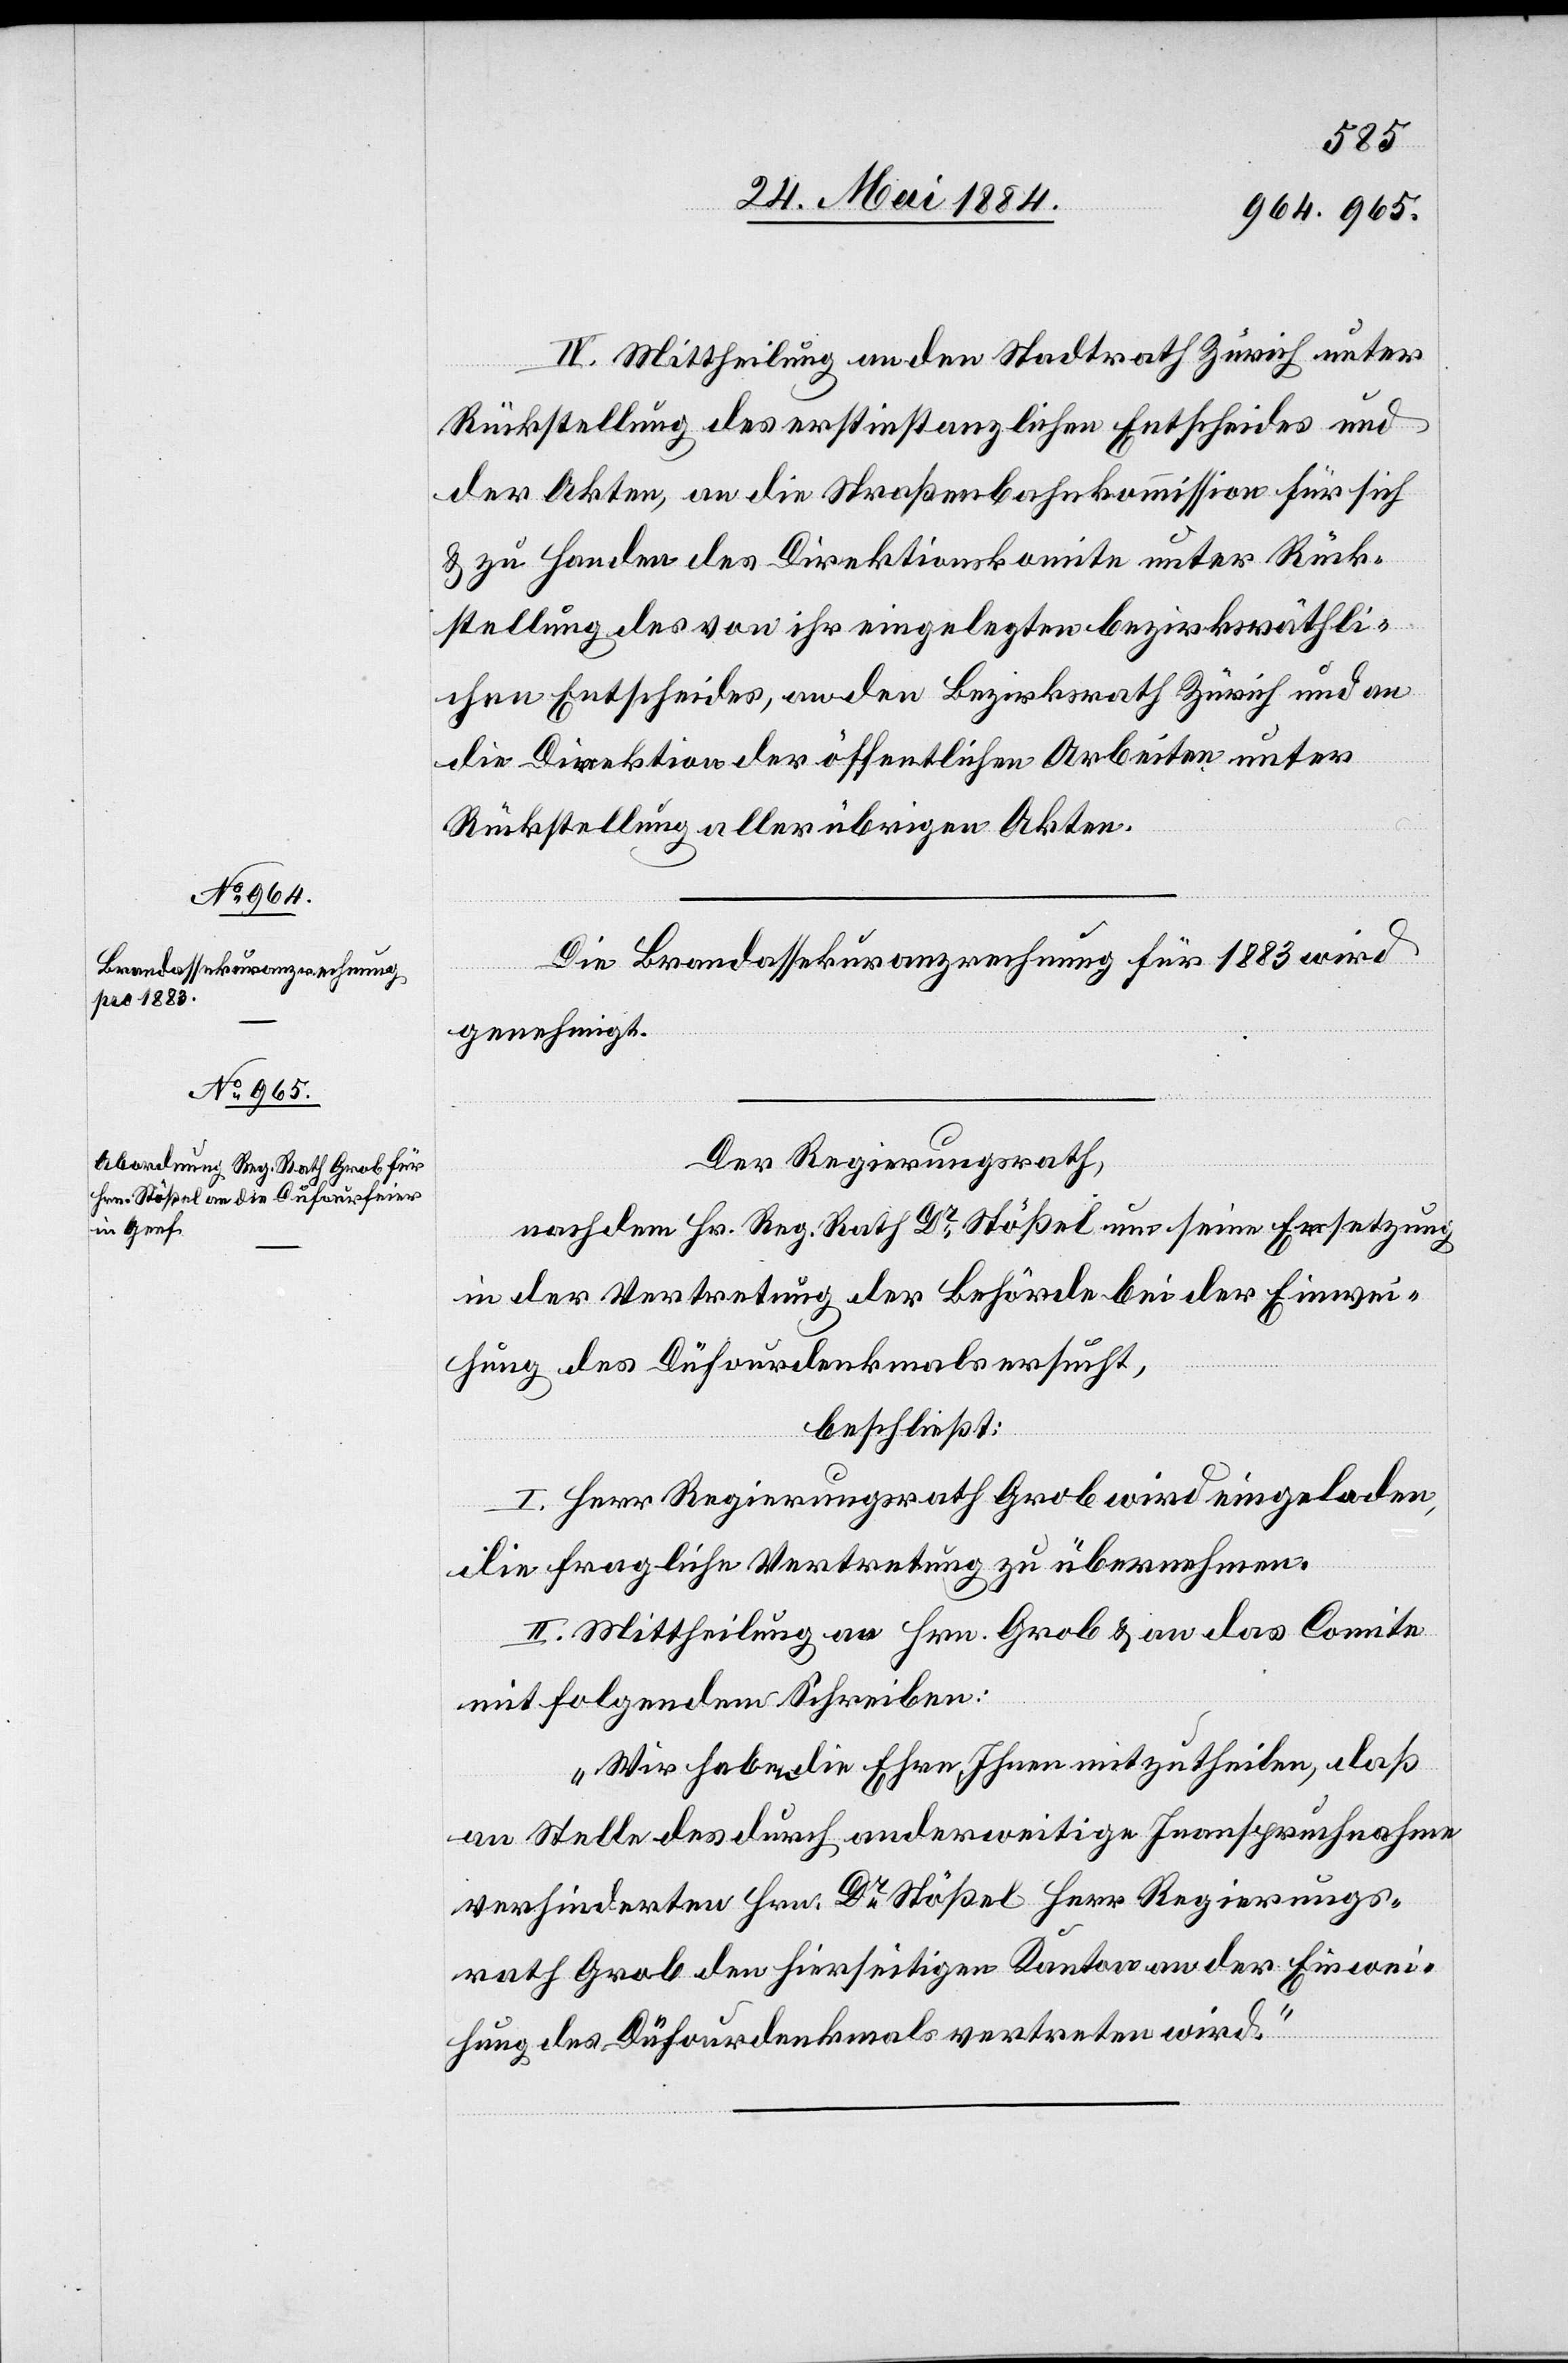
IV. Mittheilung an den Stadtrath Zürich unter
Rückstellung des erstinstanzlichen Entscheides und
der Akten, an die Straßenbahnkommission für sich
& zu Handen des Direktionskomite unter Rück¬
stellung des von ihr eingelegten bezirksräthli¬
chen Entscheides, an den Bezirksrath Zürich und an
die Direktion der öffentlichen Arbeiten unter
Rückstellung aller übrigen Akten.
Die Brandassekuranzrechnung für 1883 wird
genehmigt.
Der Regierungsrath,
nach dem Hr. Reg. Rath Dr Stößel um seine Ersetzung
in der Vertretung der Behörde bei der Einwei¬
hung des Dufourdenkmals ersucht,
beschließt:
I. Herr Regierungsrath Grob wird eingeladen,
die fragliche Vertretung zu übernehmen.
II. Mittheilung an Hrn. Grob & an das Comite
mit folgendem Schreiben:
„Wir haben die Ehre, Ihnen mitzutheilen, daß
an Stelle des durch anderweitige Inanspruchnahme
verhinderten Hrn. Dr Stößel Herr Regierungs¬
rath Grob den hierseitigen Kanton an der Einwei¬
hung des Dufourdenkmals vertreten wird.“